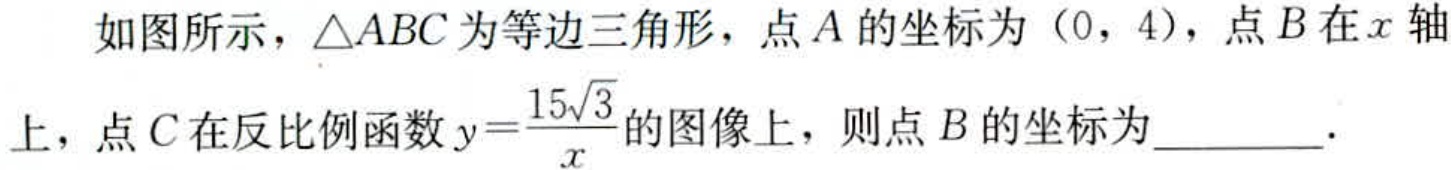
如图所示，\(\triangle ABC\)为等边三角形，点\(A\)的坐标为\((0, 4)\)，点\(B\)在\(x\)轴上，点\(C\)在反比例函数\(y = \frac{15\sqrt{3}}{x}\)的图像上，则点\(B\)的坐标为  ．